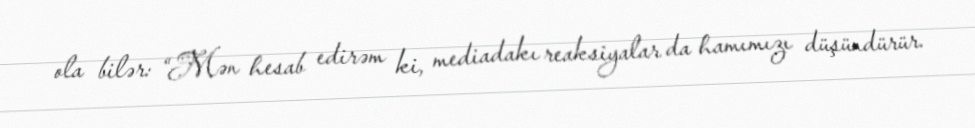
ola bilər: “Mən hesab edirəm ki, mediadakı reaksiyalar da hamımızı düşündürür.